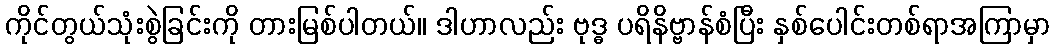
ကိုင်တွယ်သုံးစွဲခြင်းကို တားမြစ်ပါတယ်။ ဒါဟာလည်း ဗုဒ္ဓ ပရိနိဗ္ဗာန်စံပြီး နှစ်ပေါင်းတစ်ရာအကြာမှာ